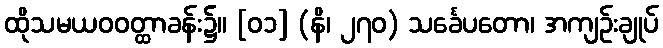
ထိုသမယဝဝတ္ထာခန်း၌။ [၀၁] (နိ၊ ၂၇၀) သင်္ခေပတော၊ အကျဉ်းချုပ်